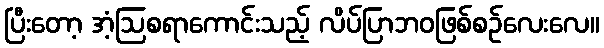
ပြီးတော့ အံ့ဩစရာကောင်းသည့် လိပ်ပြာဘဝဖြစ်စဉ်လေးလေ။